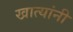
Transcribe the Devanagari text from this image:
खात्यांनी